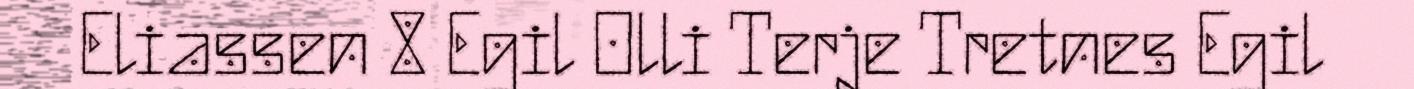
Eliassen 8 Egil Olli Terje Tretnes Egil